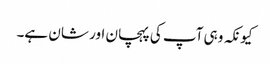
کیونکہ وہی آپ کی پہچان اور شان ہے۔